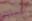
لتسليم